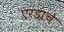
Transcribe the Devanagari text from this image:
एरंडाचे